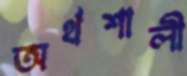
অর্থশালী